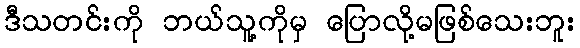
ဒီသတင်းကို ဘယ်သူ့ကိုမှ ပြောလို့မဖြစ်သေးဘူး